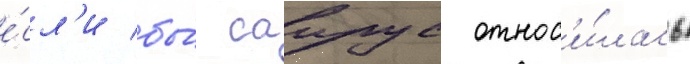
е́сл'и бы́ саирус относ'и́лась